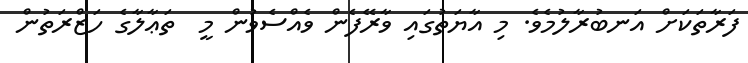
ފަރާތަކަށް އަނބުރާލުމެވެ. މި އާޔަތުގައި ވާރޭފެން ވެއްސެވުން މީ  ތަޢާލާގެ ހަޒްރަތުން